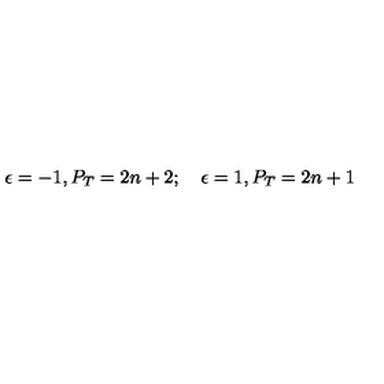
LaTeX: \epsilon = - 1 , P _ { T } = 2 n + 2 ; \quad \epsilon = 1 , P _ { T } = 2 n + 1